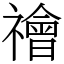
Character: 禬